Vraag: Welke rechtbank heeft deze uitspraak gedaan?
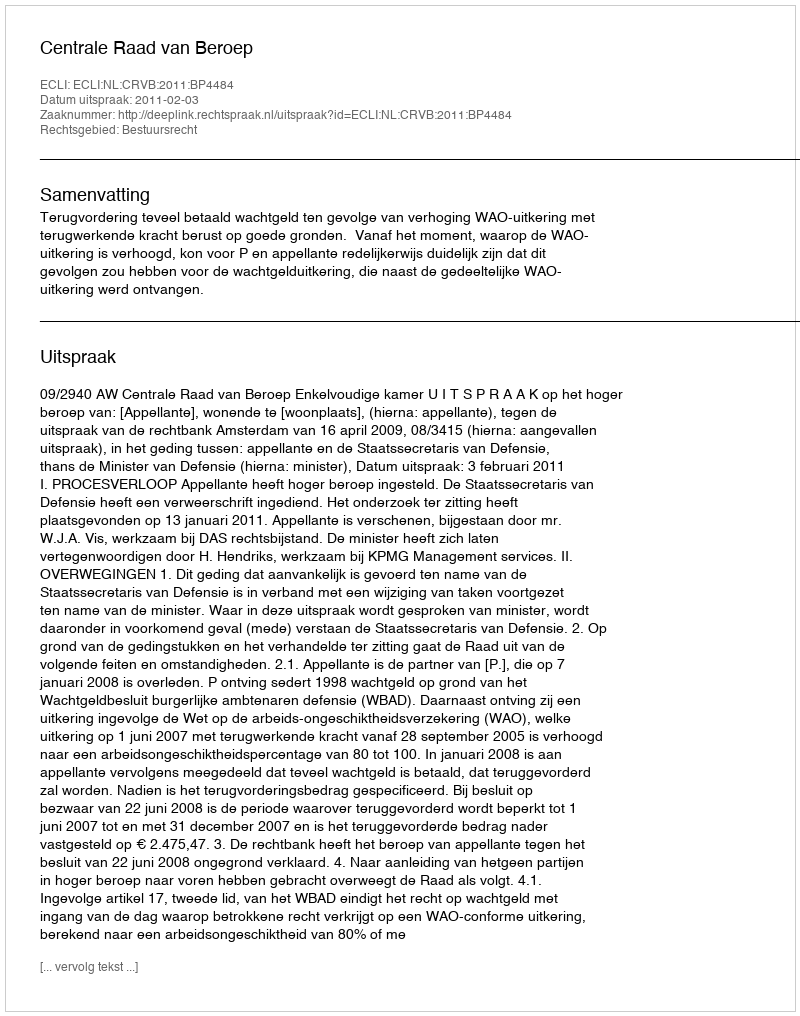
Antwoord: Centrale Raad van Beroep